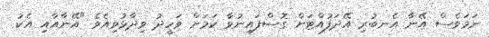
ނަމަވެސް އޭނާ އެނބުރި އޭދަފުއްޓަށް ގޮސްފައިނުވާ ކަމަށް ވަހީދު ވިދާޅުވިއެވެ "އޭނާއާއި އެކު